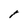
Character: l